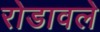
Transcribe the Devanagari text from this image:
रोडावले